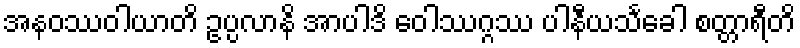
အနဝဿဝါယာတိ ဥပ္ပလာနိ အာပါဒိ ဝေါဿဂ္ဂဿ ပါနီယသင်္ခေါ စတ္တာရီတိ